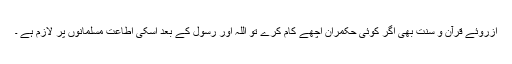
ازروئے قرآن و سنت بھی اگر کوئی حکمران اچھے کام کرے تو اللہ اور رسول کے بعد اسکی اطاعت مسلمانوں پر لازم ہے ۔